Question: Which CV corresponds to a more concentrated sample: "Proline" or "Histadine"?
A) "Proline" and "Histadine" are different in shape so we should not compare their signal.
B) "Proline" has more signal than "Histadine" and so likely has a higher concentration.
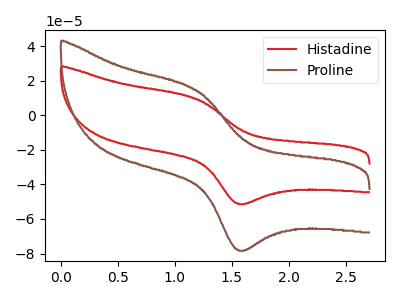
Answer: <think>The red curve "Histadine" has an anodic peak at (1.20V, 9.45uA) and a cathodic peak at (1.55V, -51.15uA). The brown curve "Proline" has an anodic peak at (1.20V, 14.45uA) and a cathodic peak at (1.55V, -77.95uA).
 All the peaks in "Proline" have a peak in "Histadine" at the same potential. Every peak in "Proline" is higher than every peak in "Histadine".</think>
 <answer>B) "Proline" has more signal than "Histadine" and so likely has a higher concentration.</answer>
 <eval>B</eval>